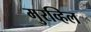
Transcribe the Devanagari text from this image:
मुरव्हिल